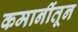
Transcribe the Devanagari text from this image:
कमानींतून